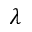
\lambda